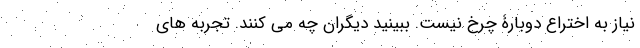
نیاز به اختراع دوبارۀ چرخ نیست. ببینید دیگران چه می کنند. تجربه های